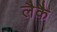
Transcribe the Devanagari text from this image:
लैकै